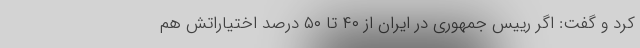
کرد و گفت: اگر رییس جمهوری در ایران از ۴۰ تا ۵۰ درصد اختیاراتش هم